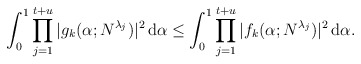
\begin{align*}\int_0^1\prod_{j=1}^{t+u}|g_k(\alpha; N^{\lambda_j}) |^2 \, {\rm d}\alpha \le \int_0^1\prod_{j=1}^{t+u}|f_k(\alpha;N^{\lambda_j})|^2 \, {\rm d}\alpha.\end{align*}